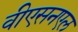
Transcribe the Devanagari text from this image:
वीएसनएल